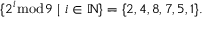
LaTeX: \{ 2 ^ { i } { \bmod { 9 } } \ | \ i \in \mathbb { N } \} = \{ 2 , 4 , 8 , 7 , 5 , 1 \} .